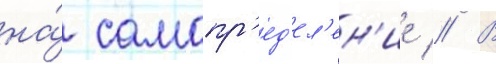
на́ самопр'ед'ел'ен'ие // В